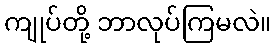
ကျုပ်တို့ ဘာလုပ်ကြမလဲ။